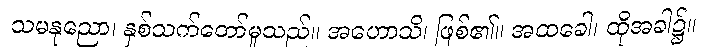
သမနုညော၊ နှစ်သက်တော်မူသည်။ အဟောသိ၊ ဖြစ်၏။ အထခေါ၊ ထိုအခါ၌။